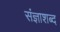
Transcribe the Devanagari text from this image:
संज्ञाशब्द